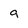
Character: g